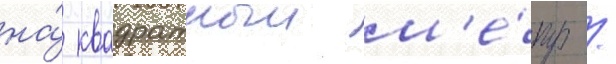
на́ квадратныи м'е́тр /